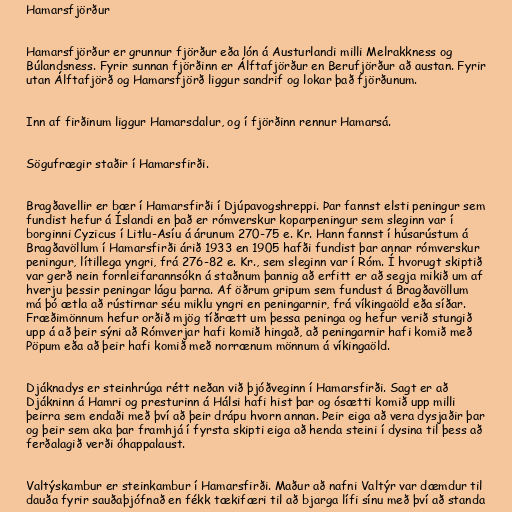
Hamarsfjörður

Hamarsfjörður er grunnur fjörður eða lón á Austurlandi milli Melrakkness og
Búlandsness. Fyrir sunnan fjörðinn er Álftafjörður en Berufjörður að austan. Fyrir
utan Álftafjörð og Hamarsfjörð liggur sandrif og lokar það fjörðunum.

Inn af firðinum liggur Hamarsdalur, og í fjörðinn rennur Hamarsá.

Sögufrægir staðir í Hamarsfirði.

Bragðavellir er bær í Hamarsfirði í Djúpavogshreppi. Þar fannst elsti peningur sem
fundist hefur á Íslandi en það er rómverskur koparpeningur sem sleginn var í
borginni Cyzicus í Litlu-Asíu á árunum 270-75 e. Kr. Hann fannst í húsarústum á
Bragðavöllum í Hamarsfirði árið 1933 en 1905 hafði fundist þar annar rómverskur
peningur, lítillega yngri, frá 276-82 e. Kr., sem sleginn var í Róm. Í hvorugt skiptið
var gerð nein fornleifarannsókn á staðnum þannig að erfitt er að segja mikið um af
hverju þessir peningar lágu þarna. Af öðrum gripum sem fundust á Bragðavöllum
má þó ætla að rústirnar séu miklu yngri en peningarnir, frá víkingaöld eða síðar.
Fræðimönnum hefur orðið mjög tíðrætt um þessa peninga og hefur verið stungið
upp á að þeir sýni að Rómverjar hafi komið hingað, að peningarnir hafi komið með
Pöpum eða að þeir hafi komið með norrænum mönnum á víkingaöld.

Djáknadys er steinhrúga rétt neðan við þjóðveginn í Hamarsfirði. Sagt er að
Djákninn á Hamri og presturinn á Hálsi hafi hist þar og ósætti komið upp milli
þeirra sem endaði með því að þeir drápu hvorn annan. Þeir eiga að vera dysjaðir þar
og þeir sem aka þar framhjá í fyrsta skipti eiga að henda steini í dysina til þess að
ferðalagið verði óhappalaust.

Valtýskambur er steinkambur í Hamarsfirði. Maður að nafni Valtýr var dæmdur til
dauða fyrir sauðaþjófnað en fékk tækifæri til að bjarga lífi sínu með því að standa